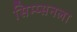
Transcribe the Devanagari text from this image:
सिम्प्सनला